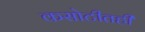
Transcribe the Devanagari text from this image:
कसोटीतही